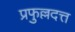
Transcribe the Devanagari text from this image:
प्रफुल्लदत्त